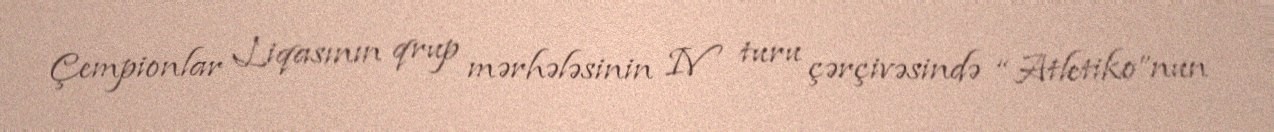
Çempionlar Liqasının qrup mərhələsinin IV turu çərçivəsində “Atletiko”nun